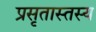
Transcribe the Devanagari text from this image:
प्रसृतास्तस्य